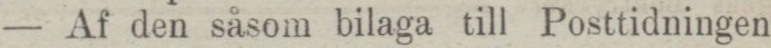
— Af den såsom bilaga till Posttidningen